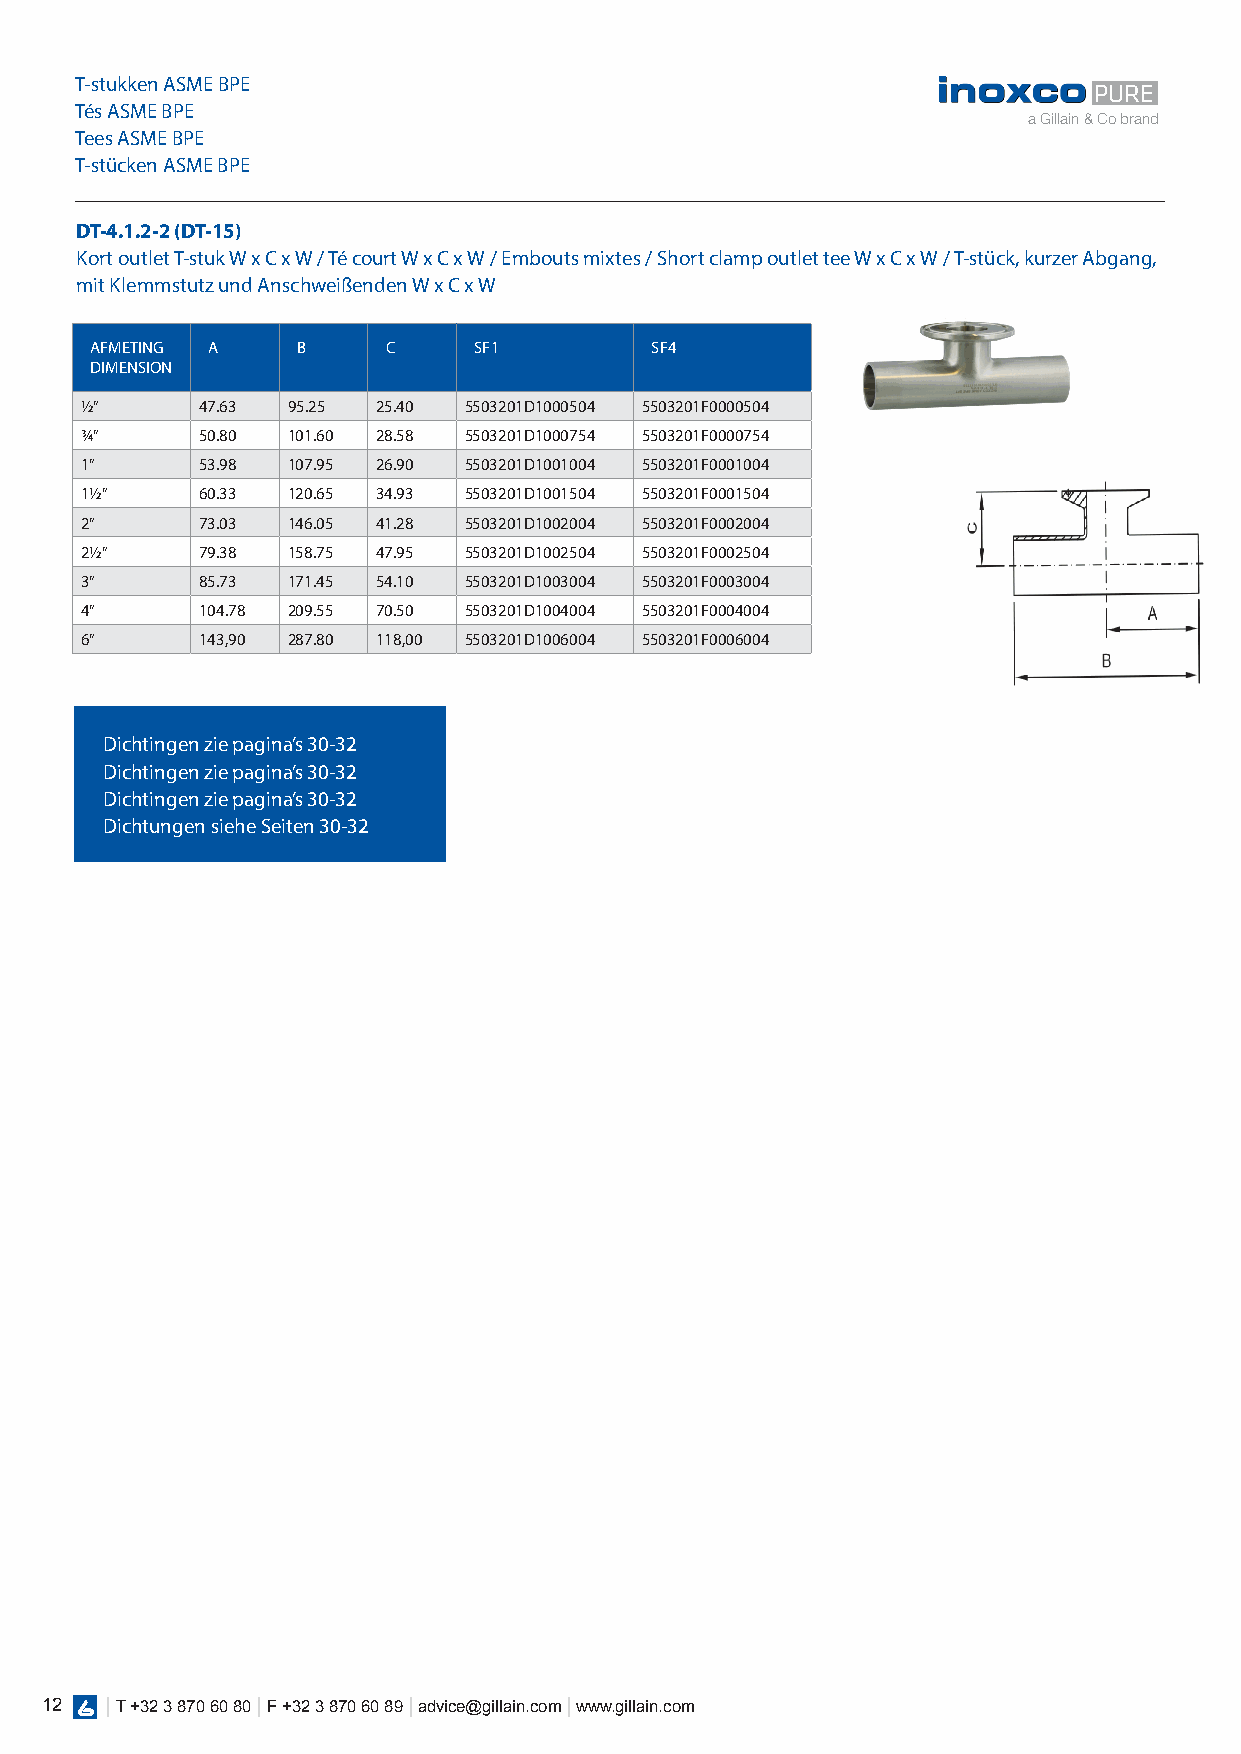
T-stukken ASME BPE
 PURE
 Tés ASME BPE
 a Gillain & Co brand
 Tees ASME BPE
 T-stücken ASME BPE
 DT-4.1.2-2 (DT-15)
 Kort outlet T-stuk W x C x W / Té court W x C x W / Embouts mixtes / Short clamp outlet tee W x C x W / T-stück, kurzer Abgang,
 mit Klemmstutz und Anschweißenden W x C x W
 AFMETING A    B     C    SF1         SF4
 DIMENSION
 1/2”    47.63 95.25 25.40 5503201D1000504 5503201F0000504
 3/4”    50.80 101.60 28.58 5503201D1000754 5503201F0000754
 1”      53.98 107.95 26.90 5503201D1001004 5503201F0001004
 11/2”   60.33 120.65 34.93 5503201D1001504 5503201F0001504
 2”      73.03 146.05 41.28 5503201D1002004 5503201F0002004
 21/2”   79.38 158.75 47.95 5503201D1002504 5503201F0002504
 3”      85.73 171.45 54.10 5503201D1003004 5503201F0003004
 4”      104.78 209.55 70.50 5503201D1004004 5503201F0004004
 6”      143,90 287.80 118,00 5503201D1006004 5503201F0006004
 Dichtingen zie pagina’s 30-32
 Dichtingen zie pagina’s 30-32
 Dichtingen zie pagina’s 30-32
 Dichtungen siehe Seiten 30-32
 12  | T +32 3 870 60 80 | F +32 3 870 60 89 | advice@gillain.com | www.gillain.com